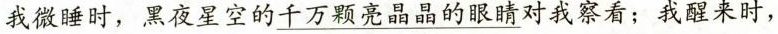
我微睡时，黑夜星空的\underline{千万颗亮晶晶的眼睛}对我察看；我醒来时，